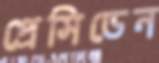
প্রেসিডেন